Medical and sanitary report of the native army of Bengal for the year
Year: 1876
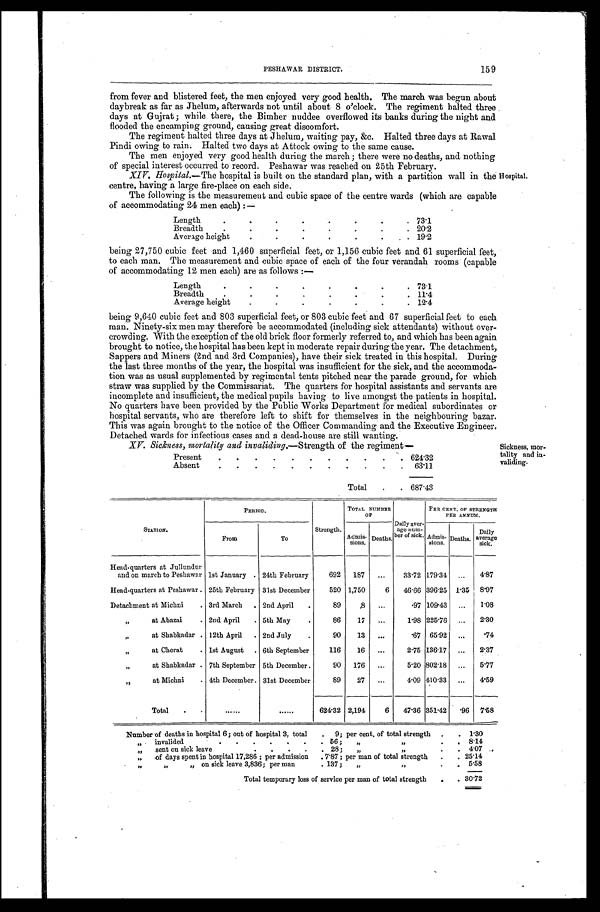
PESHAWAR DISTRICT.
159
from fever and blistered feet, the men enjoyed very good health. The march was begun about
daybreak as far as Jhelum, afterwards not until about 8 o'clock. The regiment halted three
days at Gujrat; while there, the Bimher nuddee overflowed its banks during the night and
flooded the encamping ground, causing great discomfort.
The regiment halted three days at Jhelum, waiting pay, &c. Halted three days at Rawal
Pindi owing to rain. Halted two days at Attock owing to the same cause.
The men enjoyed very good health during the march; there were no deaths, and nothing
of special interest occurred to record. Peshawar was reached on 25th February.
XIV. Hospital.— The hospital is built on the standard plan, with a partition wall in the
centre, having a large fire-place on each side.
The following is the measurement and cubic space of the centre wards (which are capable
of accommodating 24 men each):—
Length
73.1
Breadth.
2 0 . 2
A v e r a g e h e i g h t .
19.2
being 27,750 cubic feet and 1,460 superficial feet, or 1,156 cubic feet and 61 superficial feet,
to each man. The measurement and cubic space of each of the four verandah rooms (capable
of accommodating 12 men each) are as follows:—
Length
73.1
Breadth
11.4
Average height
12.4
being 9,640 cubic feet and 803 superficial feet, or 803 cubic feet and 67 superficial feet to each
man. Ninety-six men may therefore be accommodated (including sick attendants) without over-
crowding. With the exception of the old brick floor formerly referred to, and which has been again
brought to notice, the hospital has been kept in moderate repair during the year. The detachment,
Sappers and Miners (2nd and 3rd Companies), have their sick treated in this hospital. During
the last three months of the year, the hospital was insufficient for the sick, and the accommoda-
tion was as usual supplemented by regimental tents pitched near the parade ground, for which
straw was supplied by the Commissariat. The quarters for hospital assistants and servants are
incomplete and insufficient, the medical pupils having to live amongst the patients in hospital.
No quarters have been provided by the Public Works Department for medical subordinates or
hospital servants, who are therefore left to shift for themselves in the neighbouring bazar.
This was again brought to the notice of the Officer Commanding and the Executive Engineer.
Detached wards for infectious cases and a dead-house are still wanting.
XV. Sickness, mortality and invaliding.–Strength of the regiment—
Present
624.32
Absent
63.11
Total
687.43
Hospital.
Sickness, mor
- tality and in
- validing.
STATION.
PERIOD.
Strength.
TOTAL NUMBER
OF
Daily aver-
age num-
ber of sick
PER CENT. OF STRENGTH
PER ANNUM
From
To
Admis- sions. Deaths.
Admis-
sions. Deaths.
Daily
average sick.
Head-quarters at Jullundur
and on march to Peshawar 1st January 24th February
692 187
33.72 179.34
4.87
Head-quarters at Peshawar 25th February 31st December
520 1,750
6 46.66 396.25 1.35 8.97
Detachment at Michni
3rd March
2nd April
89
.8
.97 109.43
1.08
„ at Abazai
2nd April
5th May
86 17
1.98 225.76
2.36
„ a t S h a b k a d a r 12th April
2nd July
90 13
.67 65.92
.74
„ at Cherat
1st August
6th September
116 16
2.75 136.17
2.37
„ a t S h a b k a d a r 7th September 5th December.
90 176
5.20 802.18
5.77
„ a t M i c h n i 4th December. 31st December
89 27
4.09 410.33
4.59
Total
624.32 2,194
6 47.36 351.42
. 9 6 7.58
Number of deaths in hospital 6; out of hospital 3, total 9; per cent, of total strength
1.30
„ invalided 56; „ „
8.14
„ s e n t o n s i c k l e a v e 2 8 ; „ „
4.07
„ of days spent i n hospi t al 17, 286; per admi ssi on 7. 87; per man of t ot al st rengt h
25.14
„ „ „ on sick leave 3,836; per man 137; „
5.58
Total temporary loss of service per man of total strength
30.72